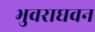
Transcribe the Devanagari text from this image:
भुवराघवन